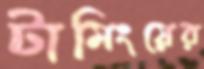
টামিংয়ের